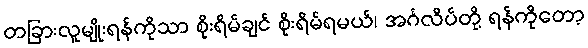
တခြားလူမျိုးရန်ကိုသာ စိုးရိမ်ချင် စိုးရိမ်ရမယ်၊ အင်္ဂလိပ်တို့ ရန်ကိုတော့